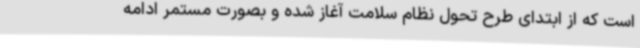
است که از ابتدای طرح تحول نظام سلامت آغاز شده و بصورت مستمر ادامه